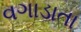
વગાડાતા